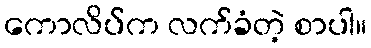
ကောလိပ်က လက်ခံတဲ့ စာပါ။